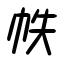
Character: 帙